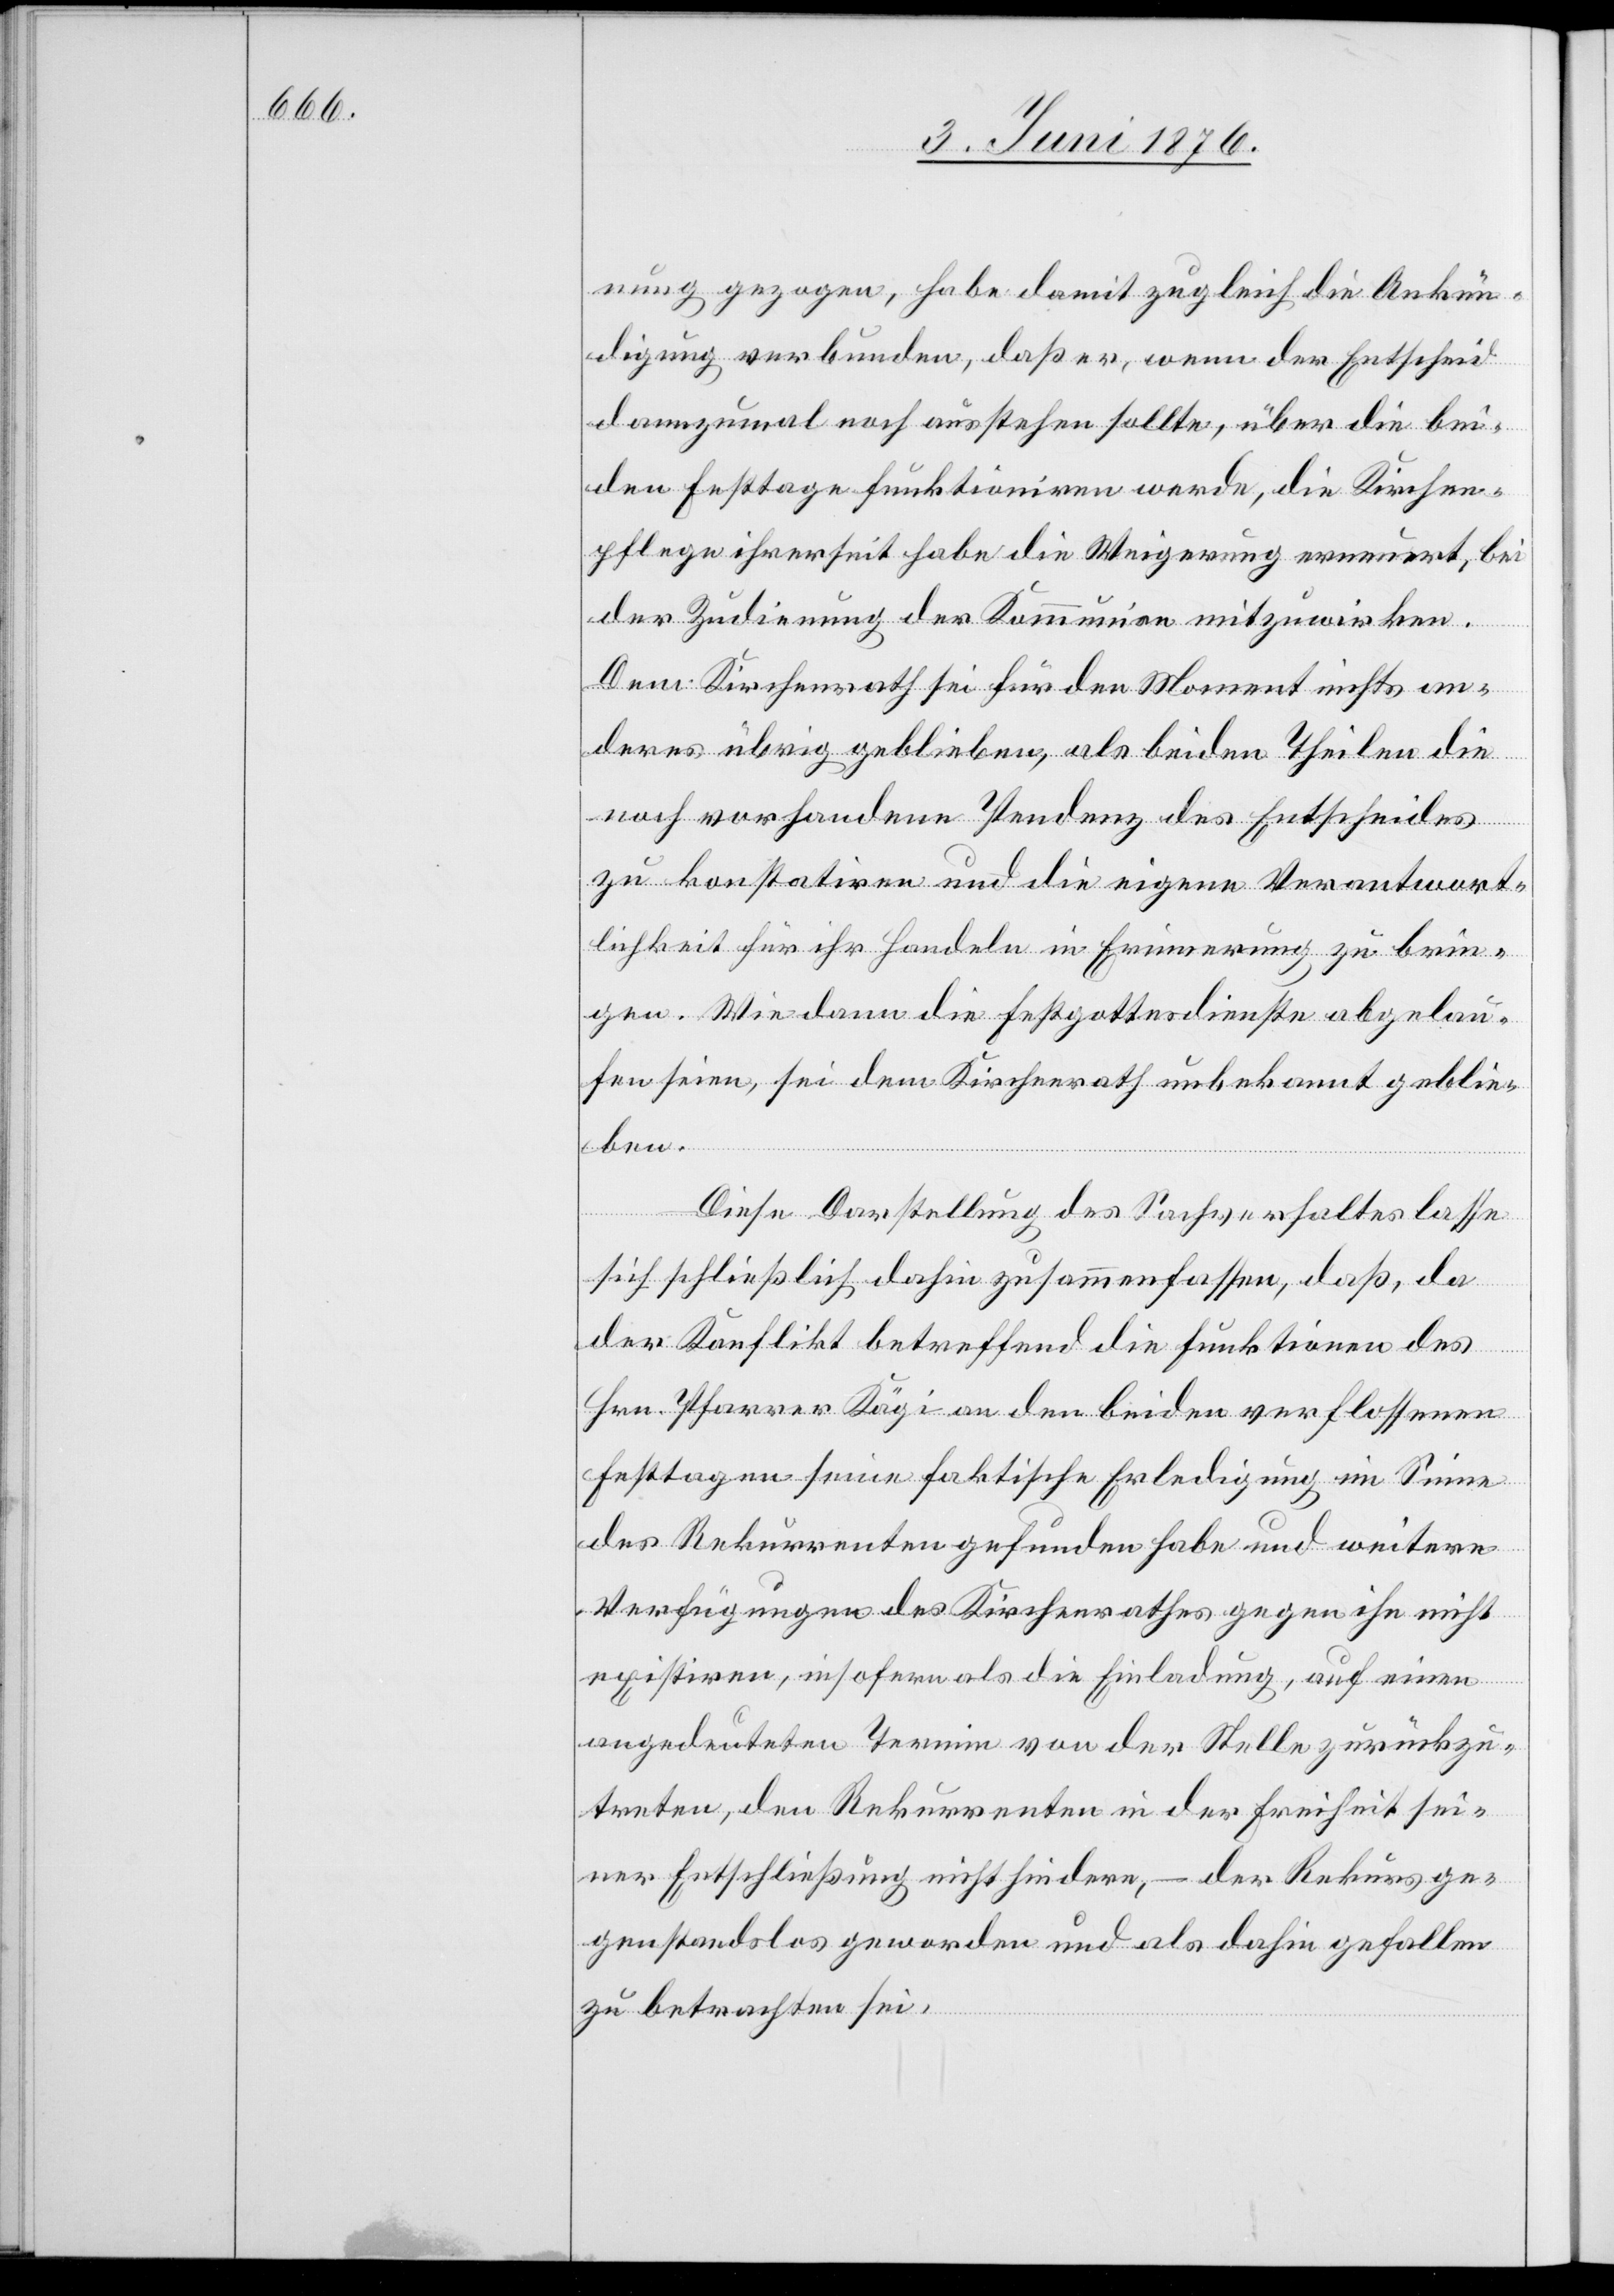
nung gezogen, habe damit zugleich die Ankün¬
digung verbunden, daß er, wenn der Entscheid
dannzumal noch ausstehen sollte, über die bei¬
den Festtage funktioniren werde, die Kirchen¬
pflege ihrerseit[s] habe die Weigerung erneuert, bei
der Zudienung der Kommunion mitzuwirken.
Dem Kirchenrath sei für den Moment nichts an¬
deres übrig geblieben, als beiden Theilen die
noch vorhandene Pendenz des Entscheides
zu konstatiren und die eigene Verantwort¬
lichkeit für ihr Handeln in Erinnerung zu brin¬
gen. Wie dann die Festgottesdienste abgelau¬
fen seien, sei dem Kirchenrath unbekannt geblie¬
ben.
Diese Darstellung des Sachverhaltes lasse
sich schließlich dahin zusammenfassen, daß, da
der Konflikt betreffend die Funktionen des
Hrn. Pfarrer Kägi an den beiden verflossenen
Festtagen seine faktische Erledigung im Sinne
des Rekurrenten gefunden habe und weitere
Verfügungen des Kirchenrathes gegen ihn nicht
existiren, insofern als die Einladung, auf einen
angedeuteten Termin von der Stelle zurückzu¬
treten, den Rekurrenten in der Freiheit sei¬
ner Entschließung nicht hindern, – der Rekurs ge¬
genstandslos geworden und als dahin gefallen
zu betrachten sei.